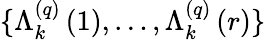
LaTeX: \{ \Lambda_{k}^{\left(q\right)}\left(1\right),\ldots,\Lambda_{k}^{\left(q\right)}\left(r\right)\}